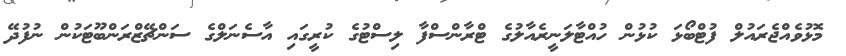
މޮޅުވެއްޖެރައުލް ފުޓްބޯޅަ ކުޅުން ހުއްޓާލަނީރެއާލުގެ ޓްރާންސްފާ ލިސްޓުގެ ކުރީގައި އާސެނަލްގެ ސަންޗޭޒްރަންބޫޓަކުން ނުފުދޭ